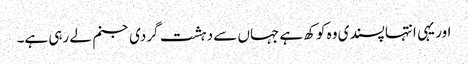
اور یہی انتہا پسندی وہ کوکھ ہے جہاں سے دہشت گردی جنم لے رہی ہے۔